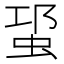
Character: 𧊡